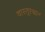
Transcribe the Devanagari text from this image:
वास्तुस्थान